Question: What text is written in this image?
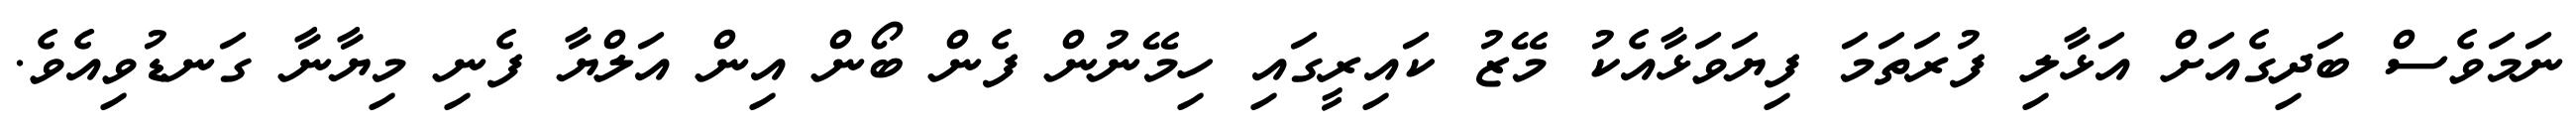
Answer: ނަމަވެސް ބަދިގެއަށް އަޅާލި ފުރަތަމަ ފިޔަވަޅާއެކު މޭޒު ކައިރީގައި ހިމޭނުން ފެން ބޯން އިން އަލްޔާ ފެނި މިޔާނާ ގަނޑުވިއެވެ.